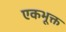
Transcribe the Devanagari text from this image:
एकभूक्त